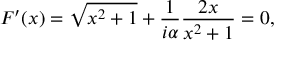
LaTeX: F ^ { \prime } ( x ) = \sqrt { x ^ { 2 } + 1 } + { \frac { 1 } { i \alpha } } { \frac { 2 x } { x ^ { 2 } + 1 } } = 0 ,